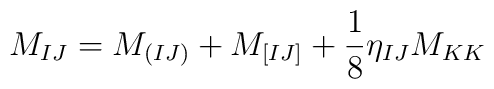
M_{IJ} = M_{(IJ)} + M_{[IJ]} + {1\over 8} \eta_{IJ} M_{KK}